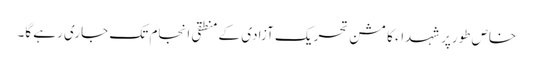
خاص طورپر شہداء کا مشن تحریک آزادی کے منطقی انجام تک جاری رہے گا۔